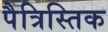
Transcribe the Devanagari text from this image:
पैत्रिस्तिक